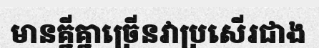
មានគ្នីគ្នាច្រើនវាប្រសើរជាង